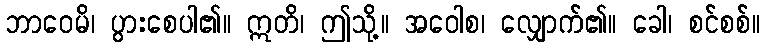
ဘာဝေမိ၊ ပွားစေပါ၏။ ဣတိ၊ ဤသို့။ အဝေါစ၊ လျှောက်၏။ ခေါ၊ စင်စစ်။